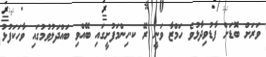
ވަރަށް ބޮޑަށް ފާޑުވިދާޅުވެ ހަމްޒާ ވަނީ ރޭ ކ.ހިންމަފުށީގައި ބޭއްވި ބައްދަލުވުމުގައި ވާހަކަފުޅު